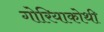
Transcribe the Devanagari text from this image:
गोरियाकोथी